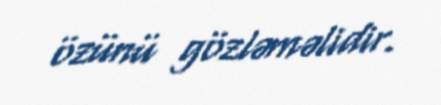
özünü gözləməlidir.